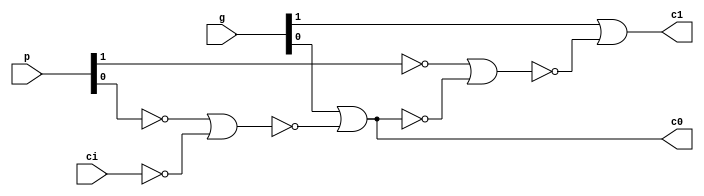
module cgu_2bit (p, g, ci, c0, c1);
    input [1:0] p, g;
    input ci;
    output c0, c1;

    wire w0, w1, w2, w3;

    assign w0 = ~(~p[0] | ~ci);
    assign w1 = ~( g[0] |  w0);
    assign w2 = ~(~p[1] |  w1);
    assign w3 = ~( g[1] |  w2);

    assign c0 = ~w1;
    assign c1 = ~w3;

endmodule